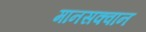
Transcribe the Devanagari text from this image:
मानसक्वान